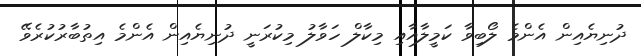
ދުނިޔެއިން އެންމެ ލޯބިވާ ކަމީލާއާއި މިކާލް ހަވާލު މިކުރަނީ ދުނިޔެއިން އެންމެ އިތުބާރުކުރެވޭ